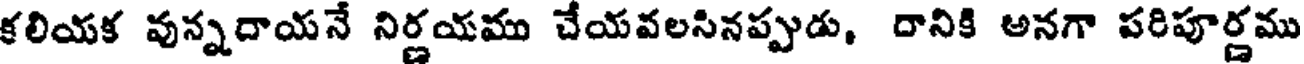
కలియక వున్నదాయనే నిర్ణయము చేయవలసినప్పుడు, దానికి అనగా పరిపూర్ణము